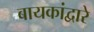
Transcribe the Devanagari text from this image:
बायकांद्वारे